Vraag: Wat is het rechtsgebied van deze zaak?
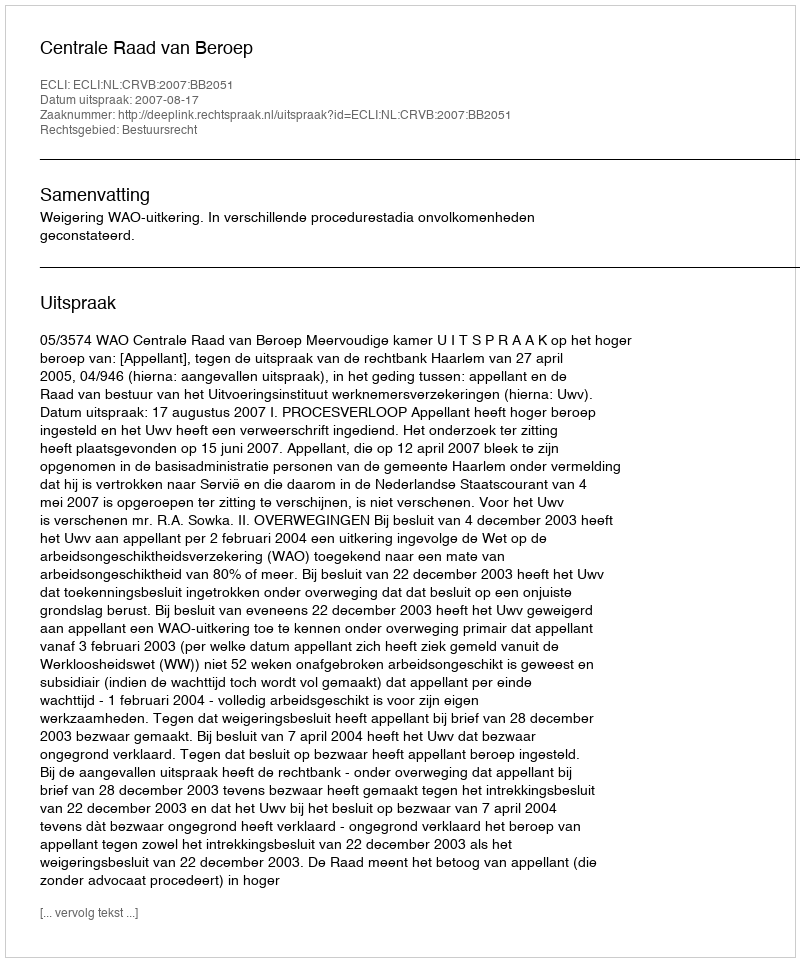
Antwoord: Bestuursrecht